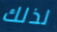
لذلك